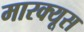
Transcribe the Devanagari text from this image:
मारक्यूस